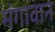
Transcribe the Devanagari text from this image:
मंगावान